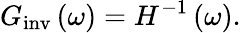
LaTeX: G_{\mathrm{inv}}\left(\omega\right)=H^{-1}\left(\omega\right).